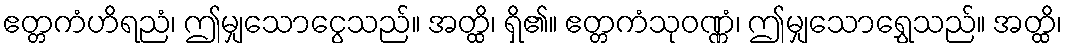
ဧတ္တကံဟိရညံ၊ ဤမျှသောငွေသည်။ အတ္ထိ၊ ရှိ၏။ ဧတ္တကံသုဝဏ္ဏံ၊ ဤမျှသောရွှေသည်။ အတ္ထိ၊